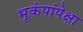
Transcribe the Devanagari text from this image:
भूकंपांपेक्षा